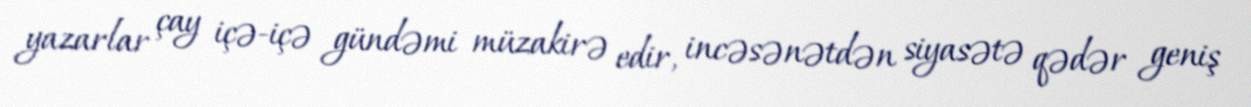
yazarlar çay içə-içə gündəmi müzakirə edir, incəsənətdən siyasətə qədər geniş